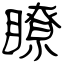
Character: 瞭